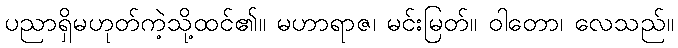
ပညာရှိမဟုတ်ကဲ့သို့ထင်၏။ မဟာရာဇ၊ မင်းမြတ်။ ဝါတော၊ လေသည်။